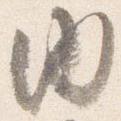
内